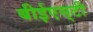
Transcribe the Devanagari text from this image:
बीईएस्‌टी